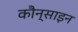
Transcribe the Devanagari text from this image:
कौन्साइन